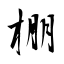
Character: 棚